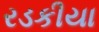
રડકીયા